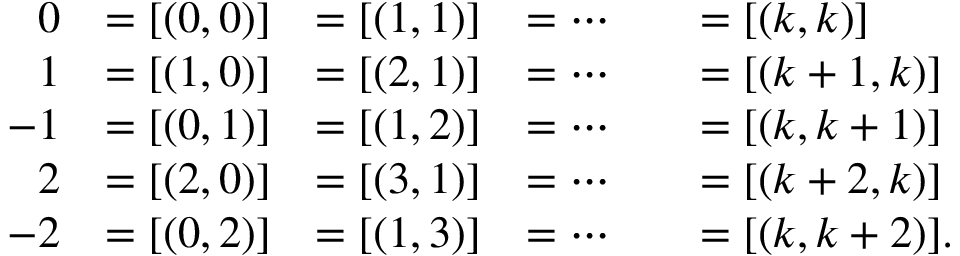
{ \begin{array} { r l r l r l } { 0 } & { = [ ( 0 , 0 ) ] } & { = [ ( 1 , 1 ) ] } & { = \cdots } & & { = [ ( k , k ) ] } \\ { 1 } & { = [ ( 1 , 0 ) ] } & { = [ ( 2 , 1 ) ] } & { = \cdots } & & { = [ ( k + 1 , k ) ] } \\ { - 1 } & { = [ ( 0 , 1 ) ] } & { = [ ( 1 , 2 ) ] } & { = \cdots } & & { = [ ( k , k + 1 ) ] } \\ { 2 } & { = [ ( 2 , 0 ) ] } & { = [ ( 3 , 1 ) ] } & { = \cdots } & & { = [ ( k + 2 , k ) ] } \\ { - 2 } & { = [ ( 0 , 2 ) ] } & { = [ ( 1 , 3 ) ] } & { = \cdots } & & { = [ ( k , k + 2 ) ] . } \end{array} }